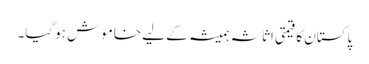
پاکستان کا قیمتی اثاثہ ہمیشہ کے لیے خاموش ہوگیا۔